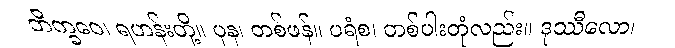
ဘိက္ခဝေ၊ ရဟန်းတို့။ ပုန၊ တစ်ဖန်။ ပရံစ၊ တစ်ပါးတုံလည်း။ ဒုဿီလော၊